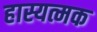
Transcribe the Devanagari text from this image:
हास्यत्मक